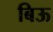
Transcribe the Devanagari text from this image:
बिऊ